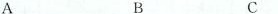
A B C